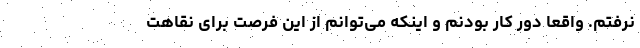
نرفتم. واقعاً دور کار بودنم و اینکه می‌توانم از این فرصت برای نقاهت